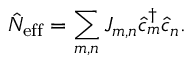
\hat { N } _ { \mathrm { e f f } } = \sum _ { m , n } J _ { m , n } \hat { c } _ { m } ^ { \dagger } \hat { c } _ { n } .